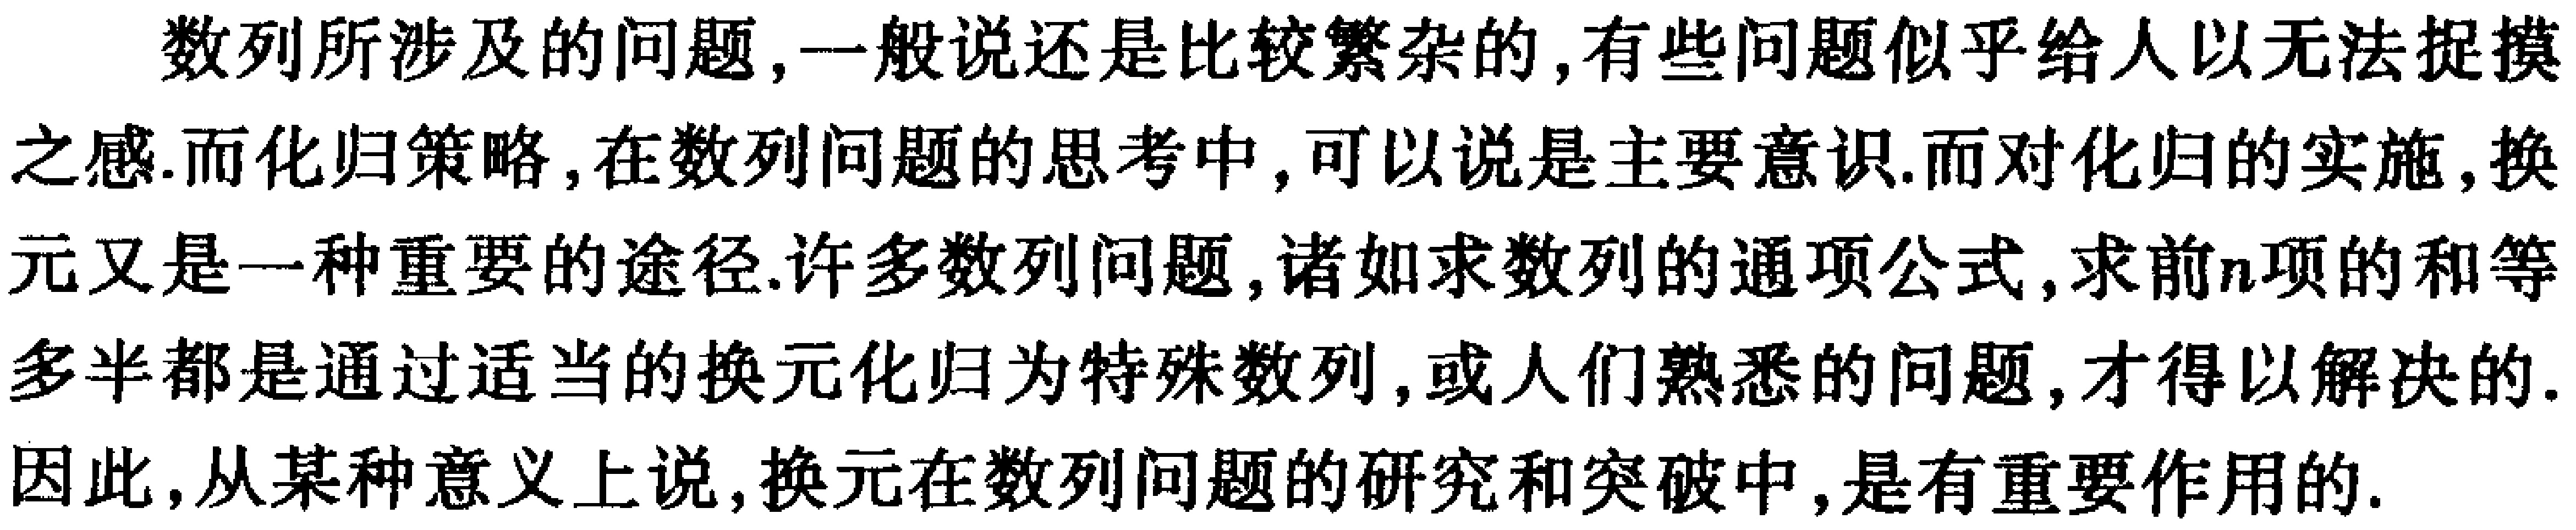
数列所涉及的问题,一般说还是比较繁杂的,有些问题似乎给人以无法捉摸之感.而化归策略,在数列问题的思考中,可以说是主要意识.而对化归的实施,换元又是一种重要的途径.许多数列问题,诸如求数列的通项公式,求前\(n\)项的和等多半都是通过适当的换元化归为特殊数列,或人们熟悉的问题,才得以解决的.因此,从某种意义上说,换元在数列问题的研究和突破中,是有重要作用的.